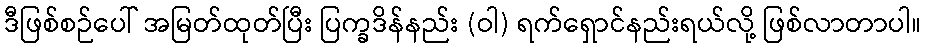
ဒီဖြစ်စဉ်ပေါ် အမြတ်ထုတ်ပြီး ပြက္ခဒိန်နည်း (ဝါ) ရက်ရှောင်နည်းရယ်လို့ ဖြစ်လာတာပါ။